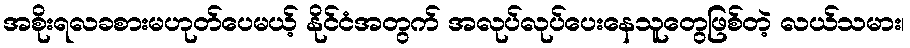
အစိုးရလခစားမဟုတ်ပေမယ့် နိုင်ငံအတွက် အလုပ်လုပ်ပေးနေသူတွေဖြစ်တဲ့ လယ်သမား၊